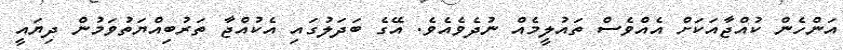
އަންހެން ކުއްޖާއަކަށް އެއްވެސް ތައުލީމެއް ނުދެވެއެވެ. އޭގެ ބަދަލުގައި އެކުއްޖާ ތަރުބިއްޔަތުވަމުން ދިޔައީ